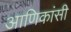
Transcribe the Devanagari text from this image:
आणिकांसी